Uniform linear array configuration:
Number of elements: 32
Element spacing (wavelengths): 0.25
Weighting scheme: hann
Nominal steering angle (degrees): -45
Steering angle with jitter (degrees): -44.709
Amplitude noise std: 0.05
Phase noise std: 0.05

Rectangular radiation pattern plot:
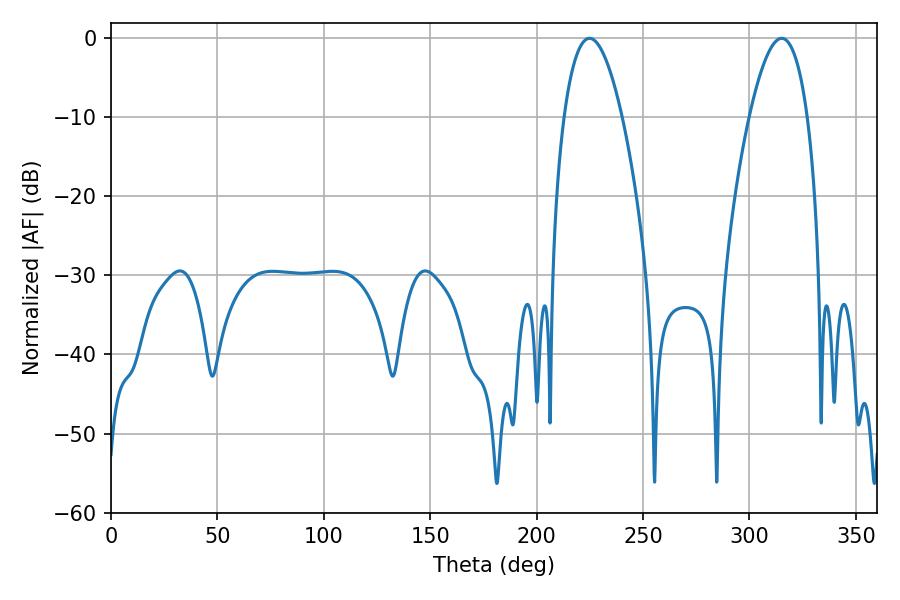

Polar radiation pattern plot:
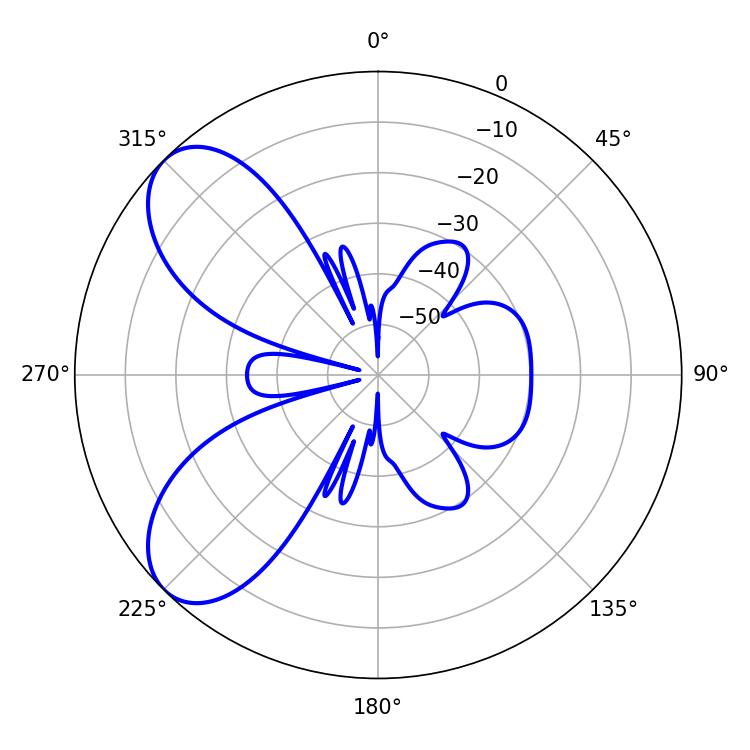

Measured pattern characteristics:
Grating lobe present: FALSE
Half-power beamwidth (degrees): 15.12
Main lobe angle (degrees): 224.82